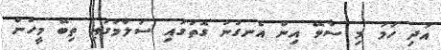
އަދި ހަމަ މި ސާވޭ އިން އެނގުނު ގޮތުގައި ސަލާމުގައި ތިބޭ މީހުން